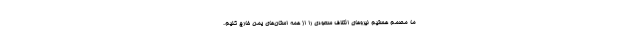
ما مصمم هستیم نیروهای ائتلاف سعودی را از همه استان‌های یمن خارج کنیم.